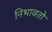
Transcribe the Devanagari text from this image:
निभावतो